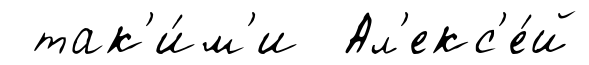
так'и́м'и Ал'екс'е́й